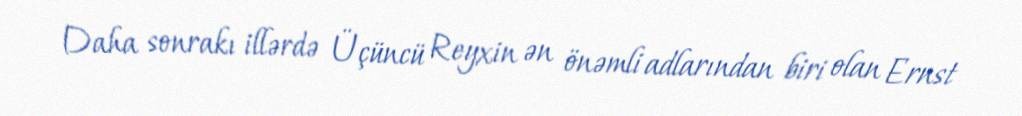
Daha sonrakı illərdə Üçüncü Reyxin ən önəmli adlarından biri olan Ernst